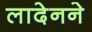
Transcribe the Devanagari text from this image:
लादेनने